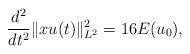
LaTeX: \begin{align*}\frac{d^2}{dt^2} \|x u(t)\|^2_{L^2}= 16 E(u_0),\end{align*}